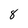
Character: 8